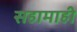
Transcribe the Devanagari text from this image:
सहामाही